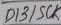
Text: D13